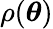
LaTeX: \rho(\boldsymbol{\theta})